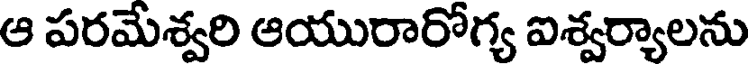
ఆ పరమేశ్వరి ఆయురారోగ్య ఐశ్వర్యాలను